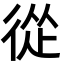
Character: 從